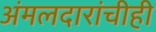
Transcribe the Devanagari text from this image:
अंमलदारांचीही